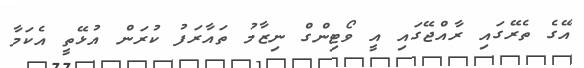
އޭގެ ތެރޭގައި ރާއްޖޭގައި އީ ވޯޓިންގް ނިޒާމު ތައާރަފު ކުރަން އުޅޭތީ އެކަމާ